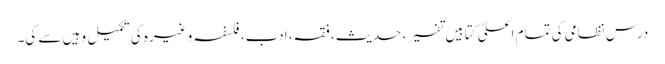
درسِ نظامی کی تمام اعلیٰ کتابیں تفسیر، حدیث، فقہ، ادب، فلسفہ وغیرہ کی تکمیل وہیں سے کی۔